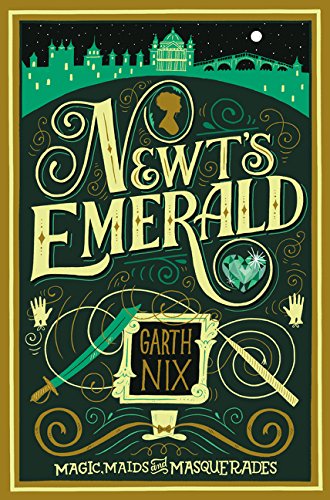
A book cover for Newt's Emerald; Garth Nix; Teen & Young Adult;